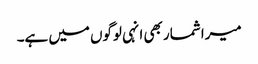
میرا شمار بھی انہی لوگوں میں ہے۔